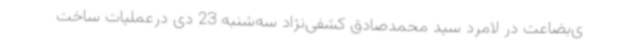
ی‌بضاعت در لامرد سید محمدصادق کشفی‌نژاد سه‌شنبه 23 دی درعملیات ساخت